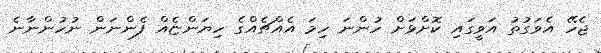
ޖެހޭ އެވަގުތު އަވީގައި ކޮށްޅަށް ހުންނަ ހިމަ އެއްޗެއްގެ ހިޔަންޏެއް ފެންނަން ނުހުންނާނެ